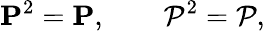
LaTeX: {\mathbf P}^{2}={\mathbf P},\qquad{\mathcal P}^{2}={\mathcal P},